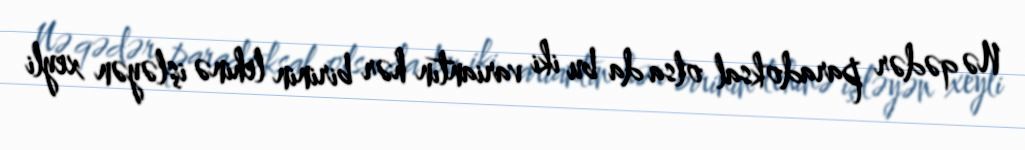
Nə qədər paradoksal olsa da bu iki variantın hər birinin lehinə işləyən xeyli